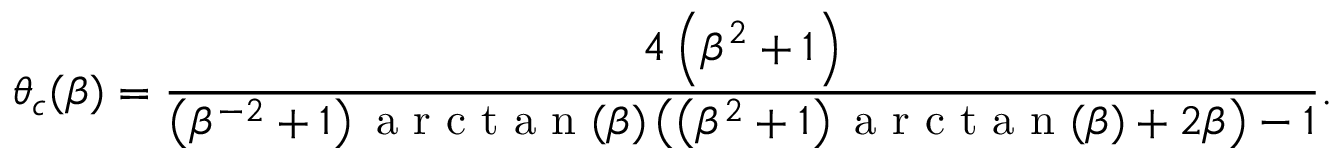
\theta _ { c } ( \beta ) = \frac { 4 \left( \beta ^ { 2 } + 1 \right) } { \left( \beta ^ { - 2 } + 1 \right) \mathrm { ~ a ~ r ~ c ~ t ~ a ~ n ~ } ( \beta ) \left( \left( \beta ^ { 2 } + 1 \right) \mathrm { ~ a ~ r ~ c ~ t ~ a ~ n ~ } ( \beta ) + 2 \beta \right) - 1 } .